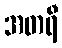
အတရီ